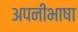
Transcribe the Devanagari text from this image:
अपनीभाषा